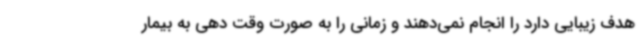
هدف زیبایی دارد را انجام نمی‌دهند و زمانی را به صورت وقت دهی به بیمار